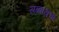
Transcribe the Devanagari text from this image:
सब्बाथचा